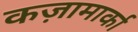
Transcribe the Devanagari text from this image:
कज़ामार्का